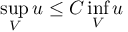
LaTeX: \operatorname* { s u p } _ { V } u \leq C \operatorname* { i n f } _ { V } u